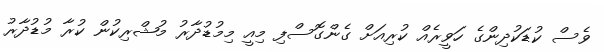
ވެސް ކުޑަކުދިންގެ ހަވީރެއް ކުރިއަށް ގެންގޮސްފި މިއީ މިމުޑުދާރު މުޝްރިކުން ކުރާ މުޑުދާރު